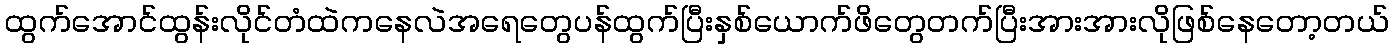
ထွက်အောင်ထွန်းလိုင်တံထဲကနေလဲအရေတွေပန်ထွက်ပြီးနှစ်ယောက်ဖိတွေတက်ပြီးအားအားလိုဖြစ်နေတော့တယ်